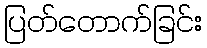
ပြတ်တောက်ခြင်း